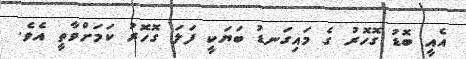
އެއީ ބޮޑު ގޮހޮރު ގެ މައިގަނޑު ބަޔަކީ ފަލަ ގޮހޮރު ކަމަށްވާތީ އެވެ.